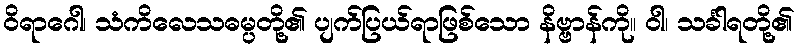
ဝိရာဂေါ၊ သံကိလေသဓမ္ပတို့၏ ပျက်ပြယ်ရာဖြစ်သော နိဗ္ဗာန်ကို။ ဝါ၊ သင်္ခါရတို့၏